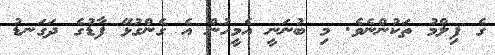
ގެ ފިލްމު ތަކުންނެވެ. މި ބުނަނީ އެމީހުން އެ ގެންގުޅޭ ފާޑުގެ ދަގަނޑު